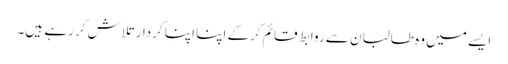
ایسے میں وہ طالبان سے روابط قائم کرکے اپنا اپنا کردار تلاش کر رہے ہیں۔